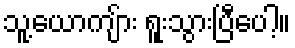
သူ့ယောကျ်ား ရူးသွားပြီပေါ့။